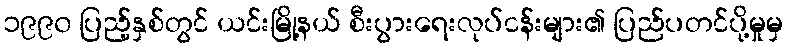
၁၉၉၀ ပြည့်နှစ်တွင် ယင်းမြို့နယ် စီးပွားရေးလုပ်ငန်းများ၏ ပြည်ပတင်ပို့မှုမှ